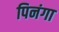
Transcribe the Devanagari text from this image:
पिनंगा